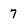
Character: 7